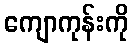
ကျောကုန်းကို